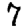
Digit: 7